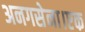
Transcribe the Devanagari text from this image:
अनगसेना।एक